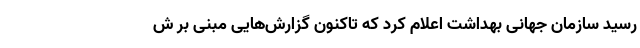
رسید سازمان جهانی بهداشت اعلام کرد که تاکنون گزارش‌هایی مبنی بر ش